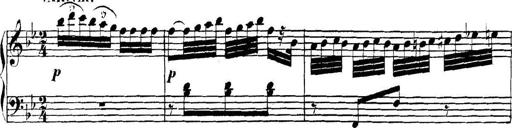
Title: Collected Piano Sonatas
Composer: Muzio Clementi